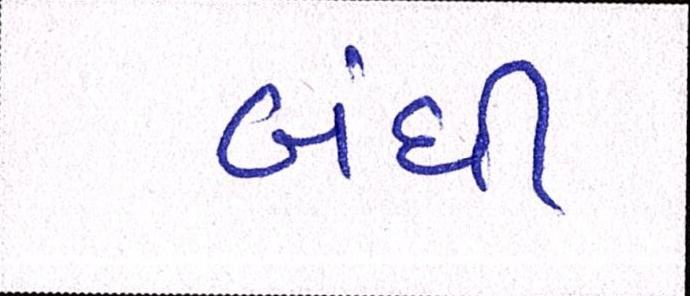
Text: બંધી